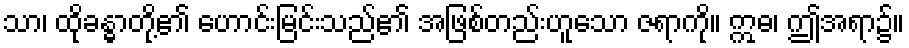
သာ၊ ထိုခန္ဓာတို့၏ ဟောင်းမြင်းသည်၏ အဖြစ်တည်းဟူသော ဇရာကို။ ဣဓ၊ ဤအရာ၌။